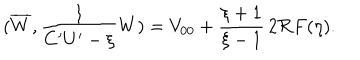
( \overline { { { W } } } , \frac { 1 } { C ^ { \prime } U ^ { \prime } - \xi } W ) = V _ { 0 0 } + \frac { \xi + 1 } { \xi - 1 } \, 2 \Re F ( \eta ) .